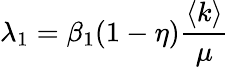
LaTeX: \lambda_{1}=\beta_{1}(1-\eta)\frac{\langle k\rangle}{\mu}